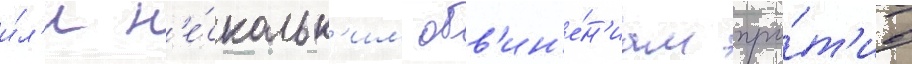
и́л'и н'е́скольк'им обв'ин'е́н'иам про́т'ив